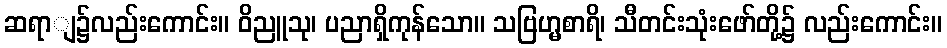
ဆရာျ၌လည်းကောင်း။ ဝိညူသု၊ ပညာရှိကုန်သော။ သဗြဟ္မစာရိ၊ သီတင်းသုံးဖော်တို့၌ လည်းကောင်း။